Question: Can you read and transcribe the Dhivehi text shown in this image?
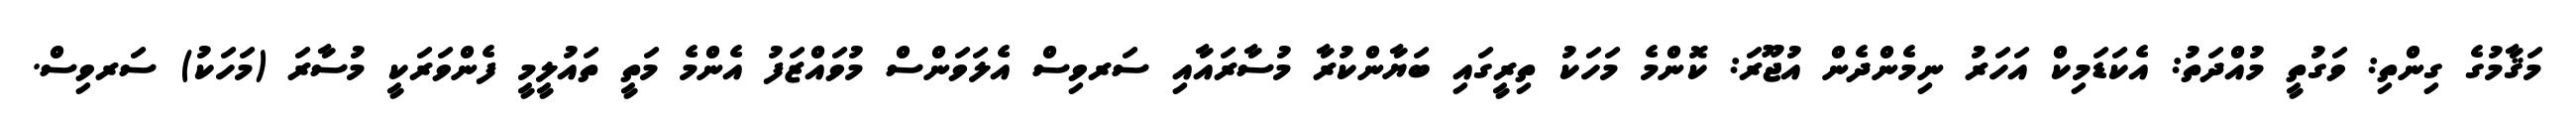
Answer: މަޤާމުގެ ގިންތި: ވަގުތީ މުއްދަތު: އެކަޑަމިކް އަހަރު ނިމެންދެން އުޖޫރަ: ކޮންމެ މަހަކު ތިރީގައި ބަޔާންކުރާ މުސާރައާއި ސަރވިސް އެލަވަންސް މުވައްޒަފު އެންމެ މަތީ ތައުލީމީ ފެންވަރަކީ މުސާރަ (މަހަކު) ސަރވިސް.